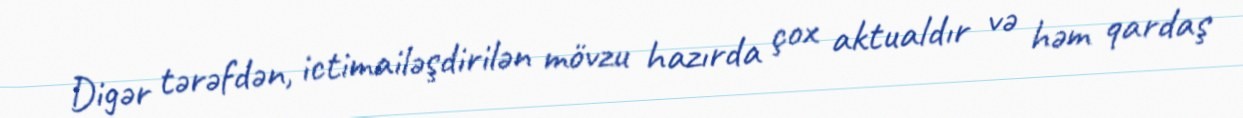
Digər tərəfdən, ictimailəşdirilən mövzu hazırda çox aktualdır və həm qardaş